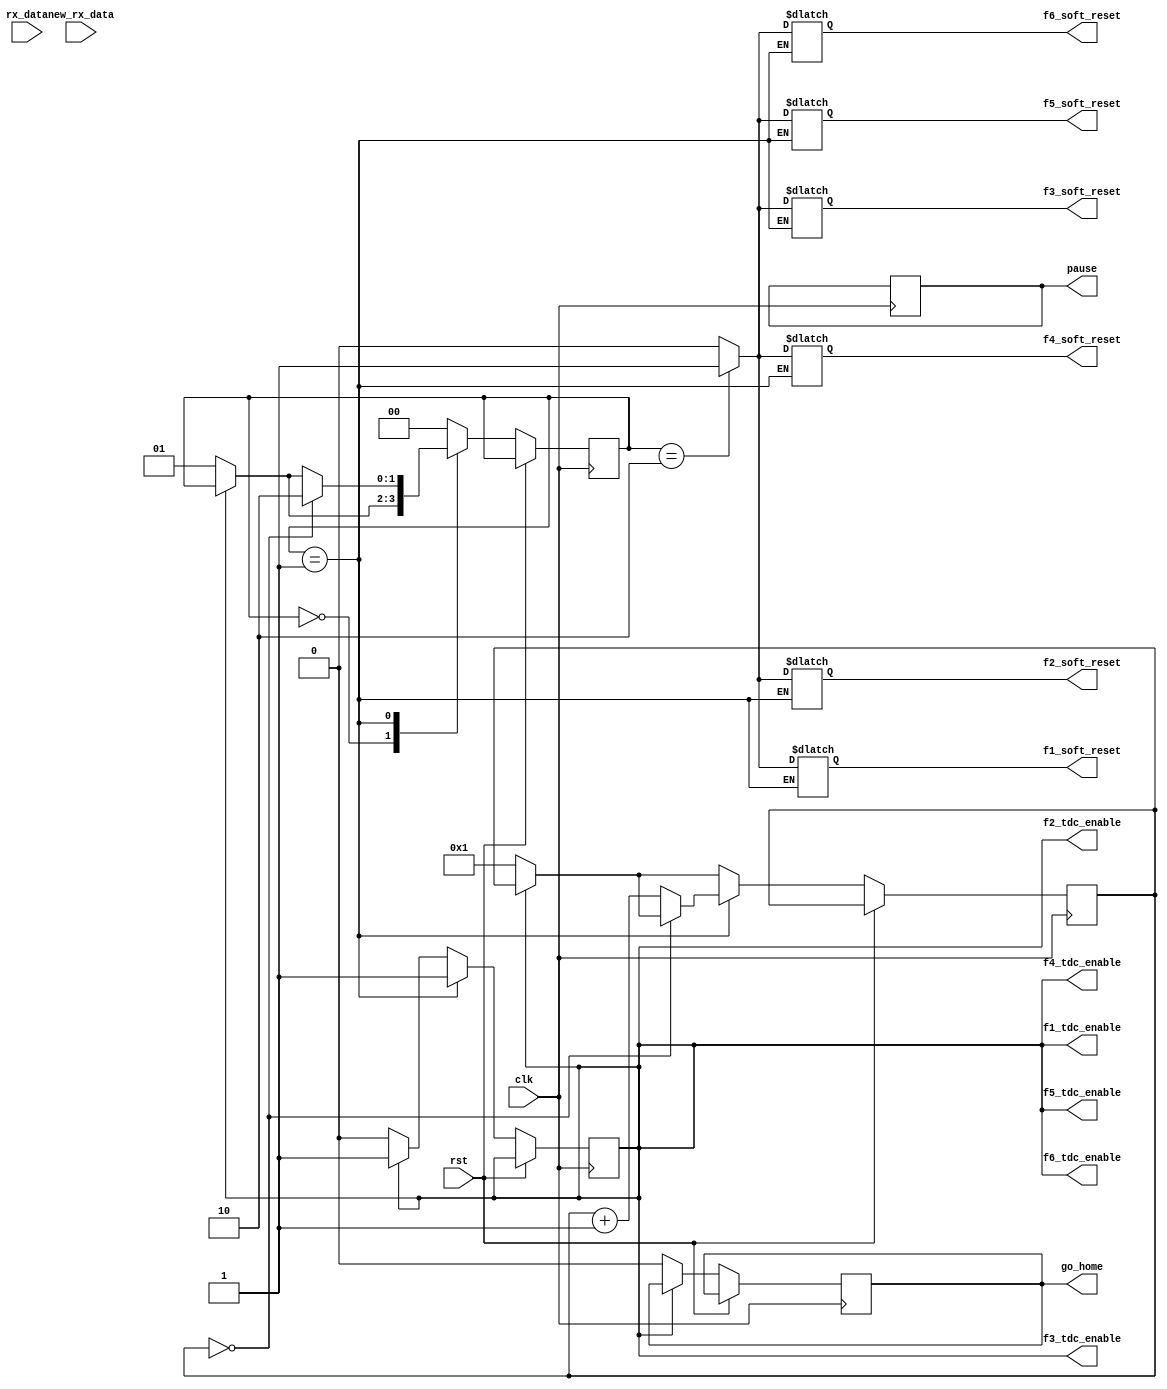
module main_control_2 (
    // INPUT
    input clk,
    input rst,
    input [7:0] rx_data,
    input new_rx_data,
    // OUTPUT
    output f1_tdc_enable, // used after powe_on, from LOW to HIGH to TDC
    output f2_tdc_enable, // used after powe_on, from LOW to HIGH to TDC
    output f3_tdc_enable, // used after powe_on, from LOW to HIGH to TDC
    output f4_tdc_enable, // used after powe_on, from LOW to HIGH to TDC
    output f5_tdc_enable, // used after powe_on, from LOW to HIGH to TDC
    output f6_tdc_enable, // used after powe_on, from LOW to HIGH to TDC
    
    output reg f1_soft_reset, // flag to make TDC soft reset
    output reg f2_soft_reset, // flag to make TDC soft reset
    output reg f3_soft_reset, // flag to make TDC soft reset
    output reg f4_soft_reset, // flag to make TDC soft reset
    output reg f5_soft_reset, // flag to make TDC soft reset
    output reg f6_soft_reset, // flag to make TDC soft reset

    output go_home,
    output pause
  );


  localparam  STATE_SIZE = 2,
  IDLE = 2'd0,
  ENABLE_HIGH = 2'd1,
  SOFT_RESET = 2'd2;
  
  reg [STATE_SIZE-1:0] state_d, state_q;

  reg play_d, play_q;
  reg pause_d, pause_q=1'b0;
  reg go_home_d, go_home_q=1'b0;
  reg tdc_enable_d, tdc_enable_q=1'b0; // by default 
  reg [19:0] countr_d, countr_q; // to count ud to 2ms approx, 1.7ms is needed for booting TDC

  assign f1_tdc_enable = tdc_enable_q;
  assign f2_tdc_enable = tdc_enable_q;
  assign f3_tdc_enable = tdc_enable_q;
  assign f4_tdc_enable = tdc_enable_q;
  assign f5_tdc_enable = tdc_enable_q;
  assign f6_tdc_enable = tdc_enable_q;

  assign go_home = go_home_q;
  assign pause = pause_q;

  /* Combinational Logic */
  always @* begin
  pause_d = pause_q;  
  tdc_enable_d = tdc_enable_q;
  countr_d = countr_q;
  state_d = state_q;
  go_home_d=go_home_q;




        // if (new_rx_data && rx_data == "d") begin
        if (tdc_enable_q == 1'b0) begin

          tdc_enable_d=1'b0;
          state_d = ENABLE_HIGH;
          countr_d = 20'd1;
          go_home_d=1'b0;
        end 


        // if (new_rx_data && rx_data == "h") begin
        //   go_home_d=1'b1;
        // end 


        // if (new_rx_data && rx_data == "s") begin
        //   pause_d=1'b1;
        // end 
        // if (new_rx_data && rx_data == "p") begin
        //   pause_d=1'b0;
        // end
        // tdc_enable_d=1'b1;
        // state_d = ENABLE_HIGH;

    case (state_q)
      IDLE: begin
        f1_soft_reset=1'b0;
        f2_soft_reset=1'b0;
        f3_soft_reset=1'b0;
        f4_soft_reset=1'b0;
        f5_soft_reset=1'b0;
        f6_soft_reset=1'b0;        


      end // IDLE

      ENABLE_HIGH: begin
        tdc_enable_d = 1'b1;
        if (countr_q==20'd0) begin // time required ENABLE LOW-HIGH is ~2ms. we are waiting 20 ms
          state_d = SOFT_RESET;
        end else begin
          countr_d = countr_q + 1'b1;
        end
      end // ENABLE_HIGH

      SOFT_RESET: begin
        f1_soft_reset=1'b1;
        f2_soft_reset=1'b1;
        f3_soft_reset=1'b1;
        f4_soft_reset=1'b1;
        f5_soft_reset=1'b1;
        f6_soft_reset=1'b1;

        state_d = IDLE;
      end // SOFT_RESET

      default: begin
        state_d = IDLE;
        f1_soft_reset=1'b0;
        f2_soft_reset=1'b0;
        f3_soft_reset=1'b0;
        f4_soft_reset=1'b0;
        f5_soft_reset=1'b0;
        f6_soft_reset=1'b0;
      end
    endcase

  end // always
  

  /* Sequential Logic */
  always @(posedge clk) begin
    if (rst) begin
      // Add flip-flop reset values here
    end else begin
      // Add flip-flop q <= d statements here
      tdc_enable_q <= tdc_enable_d;
      countr_q <= countr_d;
      state_q <= state_d;
      pause_q <= pause_d;
      go_home_q <= go_home_d;
    end
  end
  
endmodule